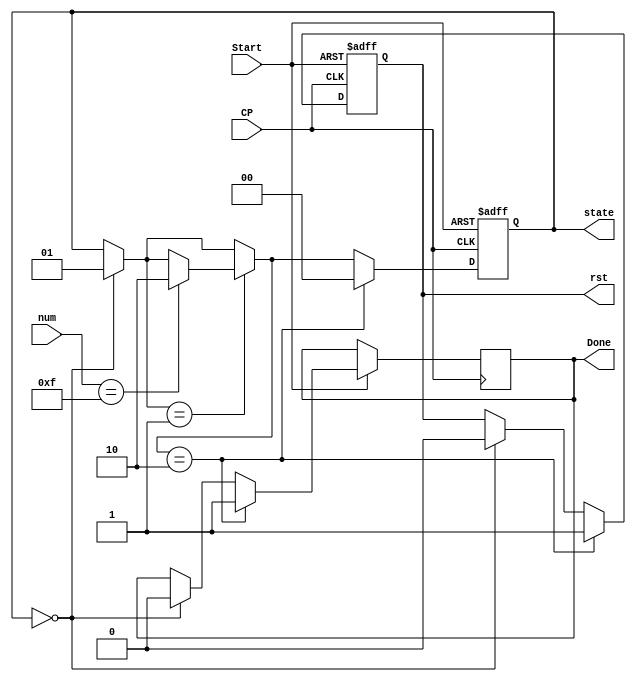
/******************************************************************************************
Author:  
E-mail:  1390000666@qq.com
Device:  DSE-EP2C5
Tool:    Quartus 9.0
Function:1
Version: 2022-3-10 v1.0
********************************************************************************************/
module control(Start,num,Done,rst,state,CP);
input Start;
input [3:0] num;
input CP;
output reg Done,rst=0;
parameter S0 = 2'b00, S1 = 2'b01, S2 = 2'b10;
output reg [1:0] state=S0;

always @(posedge CP or negedge Start) begin
    if(!Start) begin
        state = S0;
        rst=1;
    end
    else begin
        case(state)
        S0: begin
            Done = 0;
            state = S1;
            rst=0;
        end
        endcase

        case(state)
        S1: begin
            if(num==4'b1111) state = S2;
        end
        endcase
        
        case(state)
        S2: begin
            Done = 1;
            state = S0;
            rst = 1;
        end
        endcase
    end
end
endmodule